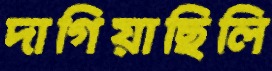
দাগিয়াছিলি